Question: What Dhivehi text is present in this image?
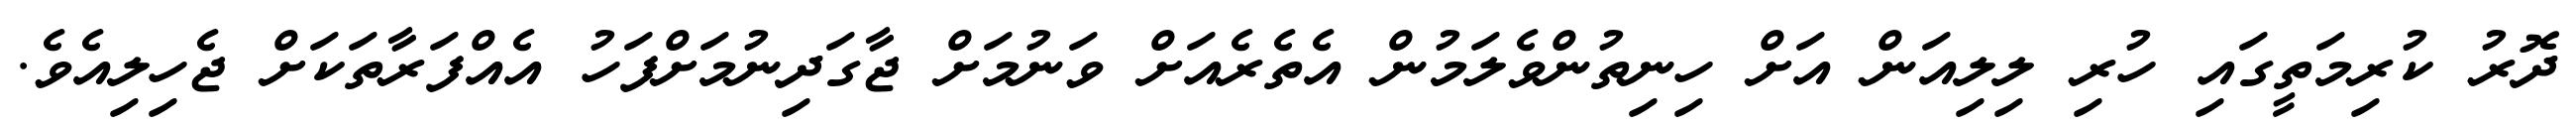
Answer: ދޮރު ކުރިމަތީގައި ހުރި ލިލިއަން އަށް ހިނިތުންވެލަމުން އެތެރެއަށް ވަނުމަށް ޖާގަދިނުމަށްފަހު އެއްފަރާތަކަށް ޖެހިލިއެވެ.